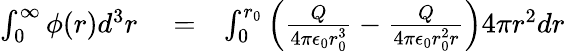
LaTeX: \begin{array}{rlr}{\int_{0}^{\infty}\phi(r)d^{3}r}&{{}=}&{\int_{0}^{r_{0}}\left(\frac{Q}{4\pi\epsilon_{0}r_{0}^{3}}-\frac{Q}{4\pi\epsilon_{0}r_{0}^{2}r}\right)4\pi r^{2}dr}\end{array}